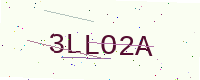
Text: 3LLO2A